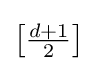
{\textstyle \left[{\frac {d+1}{2}}\right]}